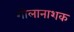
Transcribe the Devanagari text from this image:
गोलानाशक